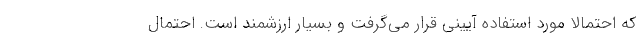
که احتمالا مورد استفاده آیینی قرار می‌گرفت و بسیار ارزشمند است. احتمال